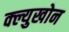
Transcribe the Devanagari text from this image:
क्ल्युखोन